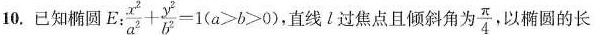
10. 已知椭圆 $$E: \frac{x^{2}}{a^{2}}+ \frac{y^{2}}{b^{2}}=1(a>b>0)$$ 直线1过焦点且倾斜角为于 \frac{ \pi }{4} 以椭圆的长